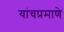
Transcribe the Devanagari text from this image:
यांचप्रमाणे